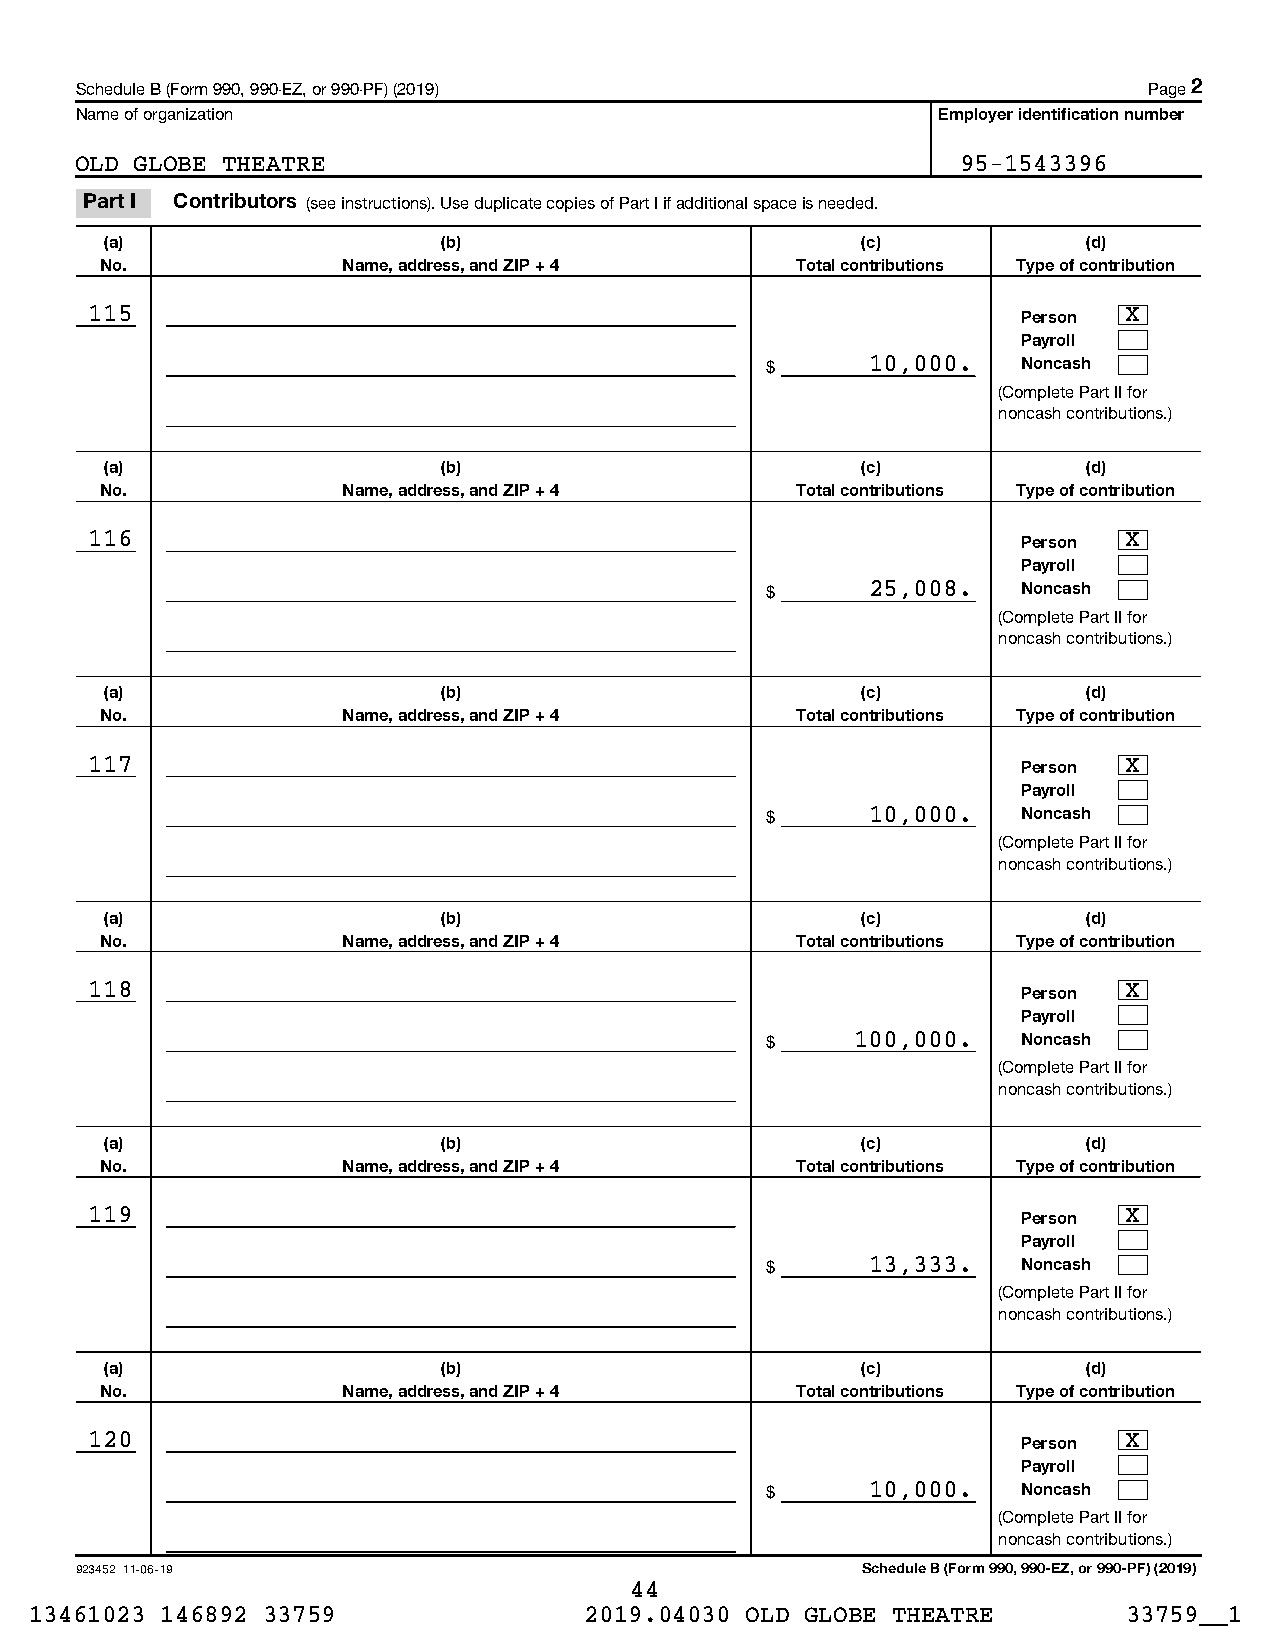
Schedule B (Form 990, 990-EZ, or 990-PF) (2019)                        Page 2
 Name of organization                                     Employer identification number
 OLD GLOBE THEATRE                                          95-1543396
 Part I Contributors (see instructions). Use duplicate copies of Part I if additional space is needed.
 (a)                   (b)                         (c)            (d)
 No.             Name, address, and ZIP + 4    Total contributions Type of contribution
 115                                                           Person X
 Payroll
 $      10,000.   Noncash
 (Complete Part II for
 noncash contributions.)
 (a)                   (b)                         (c)            (d)
 No.             Name, address, and ZIP + 4    Total contributions Type of contribution
 116                                                           Person X
 Payroll
 $      25,008.   Noncash
 (Complete Part II for
 noncash contributions.)
 (a)                   (b)                         (c)            (d)
 No.             Name, address, and ZIP + 4    Total contributions Type of contribution
 117                                                           Person X
 Payroll
 $      10,000.   Noncash
 (Complete Part II for
 noncash contributions.)
 (a)                   (b)                         (c)            (d)
 No.             Name, address, and ZIP + 4    Total contributions Type of contribution
 118                                                           Person X
 Payroll
 $     100,000.   Noncash
 (Complete Part II for
 noncash contributions.)
 (a)                   (b)                         (c)            (d)
 No.             Name, address, and ZIP + 4    Total contributions Type of contribution
 119                                                           Person X
 Payroll
 $      13,333.   Noncash
 (Complete Part II for
 noncash contributions.)
 (a)                   (b)                         (c)            (d)
 No.             Name, address, and ZIP + 4    Total contributions Type of contribution
 120                                                           Person X
 Payroll
 $      10,000.   Noncash
 (Complete Part II for
 noncash contributions.)
 923452 11-06-19                                     Schedule B (Form 990, 990-EZ, or 990-PF) (2019)
 44
 13461023 146892 33759                2019.04030 OLD GLOBE THEATRE        33759__1